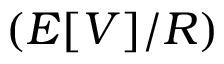
\left( E [ V ] / R \right)